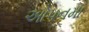
ઓપનમા